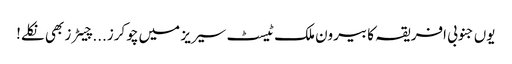
یوں جنوبی افریقہ کا بیرون ملک ٹیسٹ سیریز میں چوکرز...چیٹرز بھی نکلے!